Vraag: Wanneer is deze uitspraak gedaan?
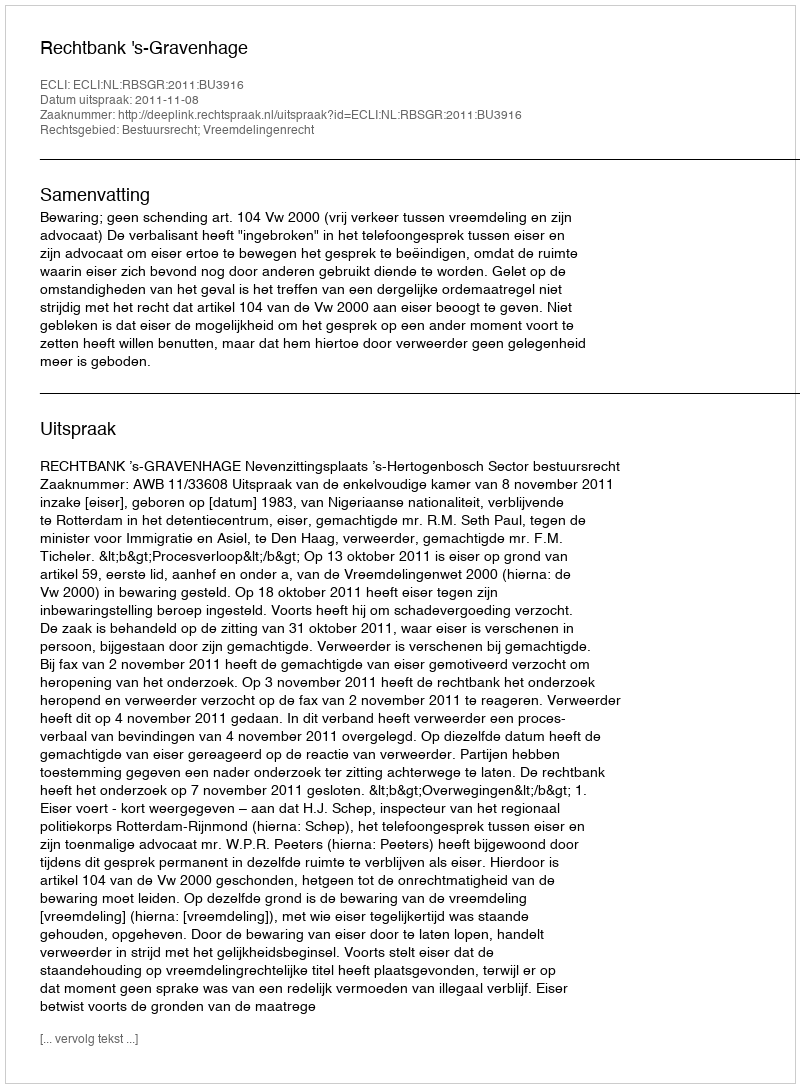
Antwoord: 2011-11-08